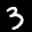
Label: 3